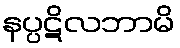
နပ္ပဋိလဘာမိ